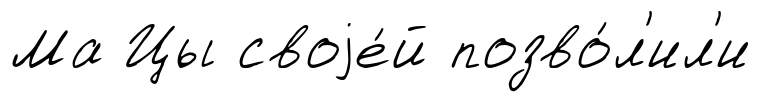
Ма Цы своjе́й позво́л'ил'и